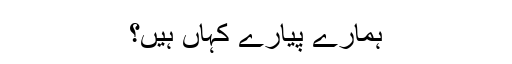
ہمارے پیارے کہاں ہیں؟